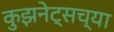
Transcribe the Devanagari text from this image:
कुझनेट्सच्या